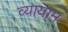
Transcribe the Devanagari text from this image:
व्‍यायाम